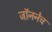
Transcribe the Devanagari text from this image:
जॉननेच